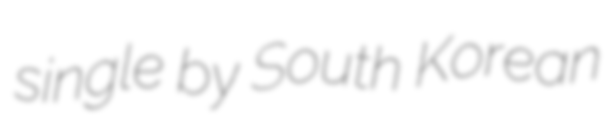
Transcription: single by South Korean